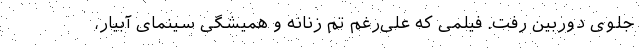
جلوی دوربین رفت. فیلمی که علی‌رغم تم زنانه و همیشگی سینمای آبیار،